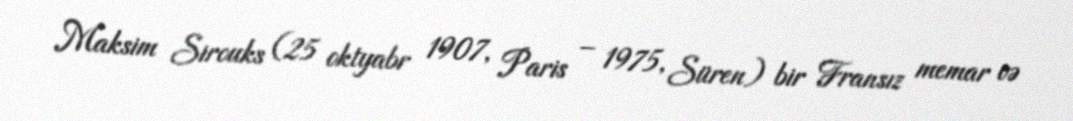
Maksim Sirouks (25 oktyabr 1907, Paris – 1975, Süren) bir Fransız memar və